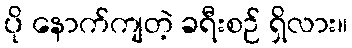
ပို နောက်ကျတဲ့ ခရီးစဉ် ရှိလား။